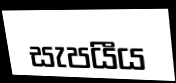
සැපයීය